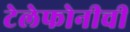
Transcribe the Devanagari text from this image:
टेलेफोनीची